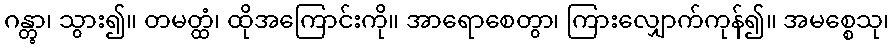
ဂန္တွာ၊ သွား၍။ တမတ္ထံ၊ ထိုအကြောင်းကို။ အာရောစေတွာ၊ ကြားလျှောက်ကုန်၍။ အမစ္စေသု၊